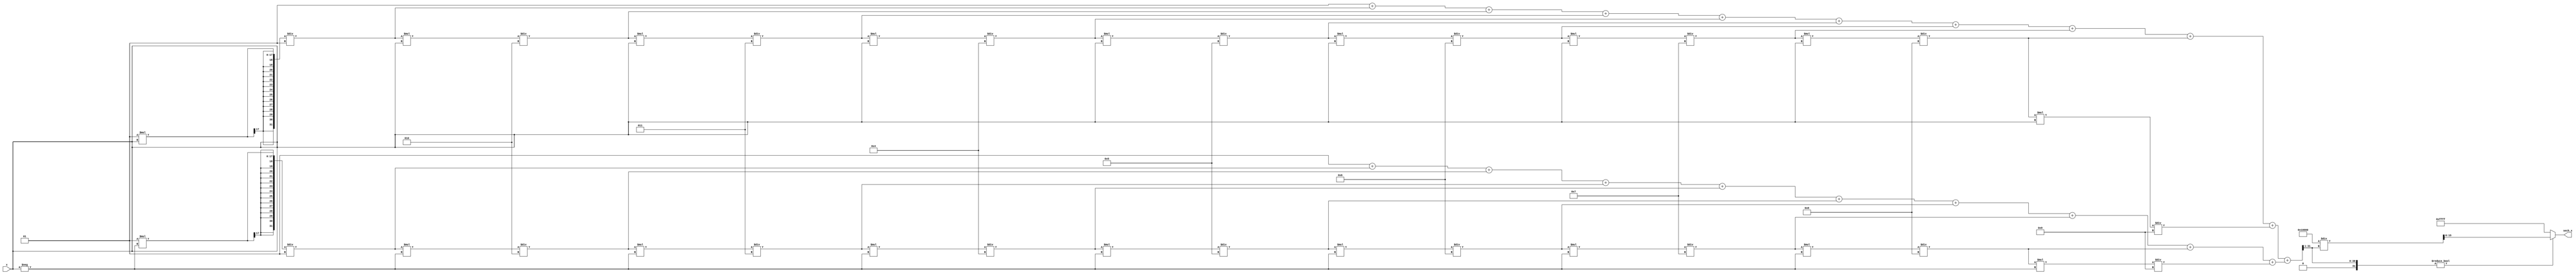
module hyperbolic_secant (
    input wire signed [15:0] x,       // Input value (fixed-point representation)
    output reg signed [15:0] sech_x    // Output value (fixed-point representation)
);

    // Internal signals
    reg signed [31:0] exp_x;           // e^x
    reg signed [31:0] exp_neg_x;       // e^(-x)
    reg signed [31:0] cosh_x;          // cosh(x)

    // Function to calculate e^x using Taylor series approximation
    function signed [31:0] exp_taylor;
        input signed [15:0] x;
        integer i;
        reg signed [31:0] term;
        reg signed [31:0] sum;
        begin
            sum = 32'h00000000; // Initialize sum
            term = 32'h00000001; // First term (x^0 / 0!)
            for (i = 0; i < 10; i = i + 1) begin // 10 terms for approximation
                sum = sum + term;
                term = (term * x) / (i + 1); // Calculate next term (x^i / i!)
            end
            exp_taylor = sum; // Return the result
        end
    endfunction

    // Always block to compute sech(x)
    always @(*) begin
        // Calculate e^x and e^(-x)
        exp_x = exp_taylor(x);
        exp_neg_x = exp_taylor(-x);

        // Calculate cosh(x) = (e^x + e^(-x)) / 2
        cosh_x = (exp_x + exp_neg_x) >> 1; // Right shift to divide by 2

        // Calculate sech(x) = 1 / cosh(x)
        if (cosh_x != 0) begin
            sech_x = (32'h00000001 << 16) / cosh_x; // 1.0 in fixed-point
        end else begin
            sech_x = 32'h7FFFFFFF; // Handle division by zero (max value)
        end
    end

endmodule